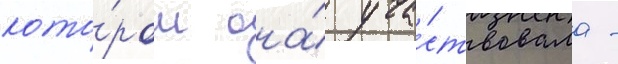
кото́ром она́ уча́ствовала -